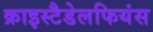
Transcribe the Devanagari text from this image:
क्राइस्टैडेलफियंस